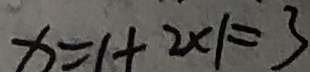
x = 1 + 2 \times 1 = 3